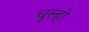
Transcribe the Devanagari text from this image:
चूल्हो